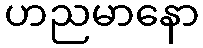
ဟညမာနော